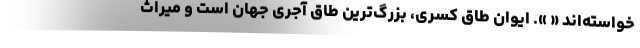
خواسته‌اند « ». ایوان طاق کسری، بزرگ‌ترین طاق آجری جهان است و میراث